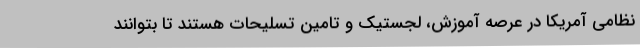
نظامی آمریکا در عرصه آموزش، لجستیک و تامین تسلیحات هستند تا بتوانند